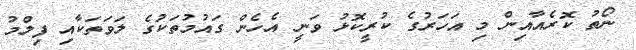
ނޯތު ކޮރެއާއިން މި އަހަރުގެ ކުރީކޮޅު ވަނީ އެހެން ގައުމުތަކުގެ ލަވަތަކާއި ފިލްމު